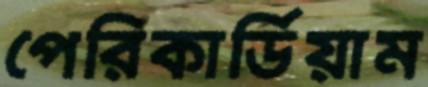
পেরিকার্ডিয়াম